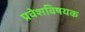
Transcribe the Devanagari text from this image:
प्रवेशविषयक